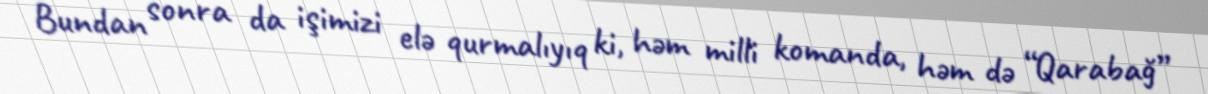
Bundan sonra da işimizi elə qurmalıyıq ki, həm milli komanda, həm də “Qarabağ”